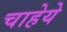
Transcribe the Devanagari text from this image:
चाहेये